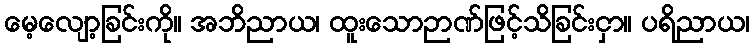
မေ့လျော့ခြင်းကို။ အဘိညာယ၊ ထူးသောဉာဏ်ဖြင့်သိခြင်းငှာ။ ပရိညာယ၊